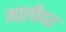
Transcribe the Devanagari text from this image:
मालीवर